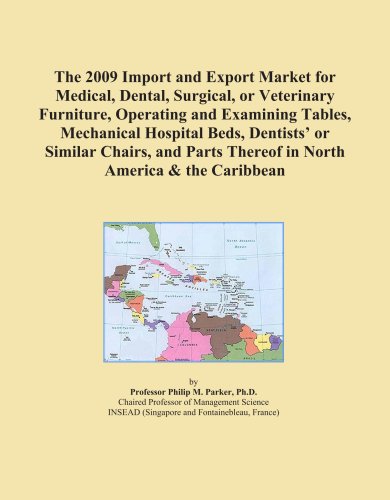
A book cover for The 2009 Import and Export Market for Medical, Dental, Surgical, or Veterinary Furniture, Operating and Examining Tables, Mechanical Hospital Beds, ... Thereof in North America & the Caribbean; Icon Group; Medical Books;